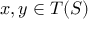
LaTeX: x , y \in T ( S )